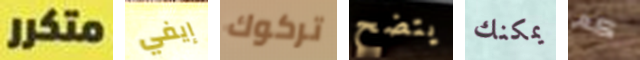
متكرر إيفي تركوك يتضح يمكنك كم